Annual statistical returns and brief notes on vaccination in Bengal - 1896-1909
Year: 1896
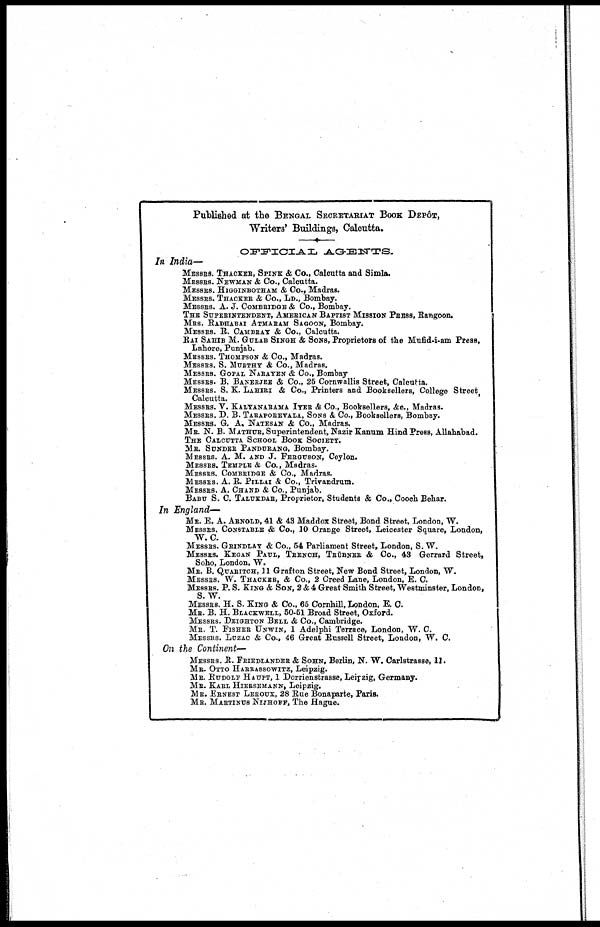
Published at the BENGAL SECRETARIAT BOOK DEPÔT,
Writers' Buildings, Calcutta.
OFFICIAL AGENTS.
In India—
MESSRS. THACKER, SPINE & Co., Calcutta and Simla.
MESSRS. NEWMAN & Co., Calcutta.
MESSRS. HIGGINBOTHAM & Co., Madras.
MESSRS. THACKER & Co., LD., Bombay.
MESSRS. A. J. COMBRIDGE & Co., Bombay.
THE SUPERINTENDENT, AMERICAN BAPTIST MISSION PRESS, Rangoon.
MRS. RADHABAI ATMARAM SAGOON, Bombay.
MESSRS. R. CAMBRAY & Co., Calcutta.
RAI SAHIB M. GULAB SINGH & SONS, Proprietors of the Mufid-i-am Press,
Lahore, Punjab.
MESSRS. THOMPSON & Co., Madras.
MESSRS. S. MURTHY & Co., Madras.
MESSRS. GOPAL NARAYEN & Co., Bombay
MESSRS. B. BANERJEE & Co., 25 Cornwallis Street, Calcutta.
MESSRS. S. K. LAHIRI & Co., Printers and Booksellers, College Street
Calcutta.
MESSRS. V. KALYANARAMA IYER & Co., Booksellers, &c., Madras.
MESSRS. D. B. TARAPOREVALA, SONS &. Co., Booksellers, Bombay.
MESSRS. G. A. NATESAN & Co., Madras.
MR. N. B. MATHUR, Superintendent, Nazir Kanum Hind Press, Allahabad.
THE CALCUTTA SCHOOL BOOK SOCIETY.
MR. SUNDER PANDURANG, Bombay.
MESSRS. A. M. AND J. FERGUSON, Ceylon.
MESSRS. TEMPLE & Co., Madras.
MESSRS. COMBRIDGE & Co., Madras.
MESSRS. A. R. PILLAI & Co., Trivandrum.
MESSRS. A. CHAND & Co., Punjab.
BABU S. C. TALUKDAR, Proprietor, Students & Co., Cooch Behar.
In England—
MR. E. A. ARNOLD, 41 & 43 Maddox Street, Bond Street, London, W.
MESSRS. CONSTABLE & Co., 10 Orange Street, Leicester Square, London,
W. C.
MESSRS. GRINDLAY & Co., 54 Parliament Street, London, S. W.
MESSRS. KEGAN PAUL, TRENCH, TRÜBNER & Co., 43 Gorrard Street,
Soho, London, W.
MR. B. QUARITCH, 11 Grafton Street, New Bond Street, London, W.
MESSRS. W. THACKER, & Co., 2 Creed Lane, London, E. C.
MESSRS. P. S. KING & SON, 2 & 4 Great Smith Street, Westminster, London,
S.W.
MESSRS. H. S. KING & Co., 65 Cornhill, London, E. C.
MR. B. H. BLACKWELL, 50-51 Broad Street, Oxford.
MESSRS. DEIGHTON BELL & Co., Cambridge.
MR. T. FISHER UNWIN, 1 Adelphi Terrace, London, W. C.
MESSRS. LUZAC & Co., 46 Great Russell Street, London, W. C.
On the Continent—
MESSRS. R. FRIEDLANDER & SOHN, Berlin, N. W. Carlstrasse, 11.
MR. OTTO HARRASSOWITZ, Leipzig.
MR. RUDOLF HAUPT, 1 Dorrienstrasse, Leipzig, Germany.
MR. KARL HIERSEMANN, Leipzig.
MR. ERNEST LEROUX, 28 Rue Bonaparte, Paris.
MR. MARTINUS NIJHOFF, The Hague.